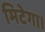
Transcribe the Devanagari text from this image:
मिटेगा।